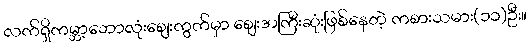
လက်ရှိကမ္ဘာ့ဘောလုံးဈေးကွက်မှာ ဈေးအကြီးဆုံးဖြစ်နေတဲ့ ကစားသမား(၁၁)ဦး။